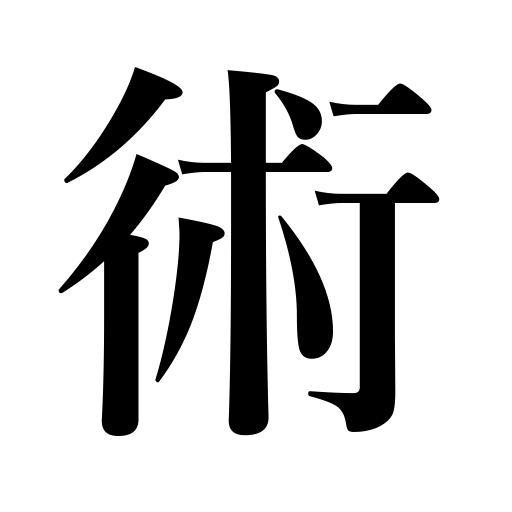
Meanings: skill,stratagem,technique,conjury,trick,artifice,means,magic,resources,art